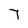
Character: 7